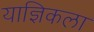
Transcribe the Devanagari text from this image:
याज्ञिकला